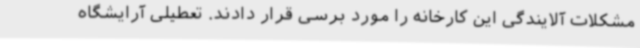
مشکلات آلایندگی این کارخانه را مورد برسی قرار دادند. تعطیلی آرایشگاه